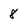
Character: 8